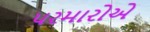
પરમારોએ